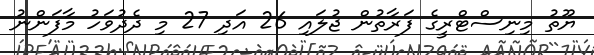
ޔޫތު މިނިސްޓްރީގެ ފަރާތުން ޖުލައި 26 އަދި 27 މި ދެދުވަހު މާފަންނު